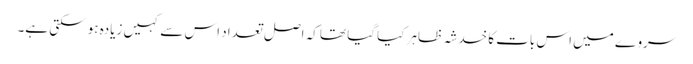
سروے میں اس بات کا خدشہ ظاہر کیا گیا تھا کہ اصل تعداد اس سے کہیں زیادہ ہو سکتی ہے۔